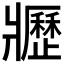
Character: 𤖢